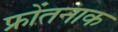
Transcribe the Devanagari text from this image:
फ्रोंतनाक